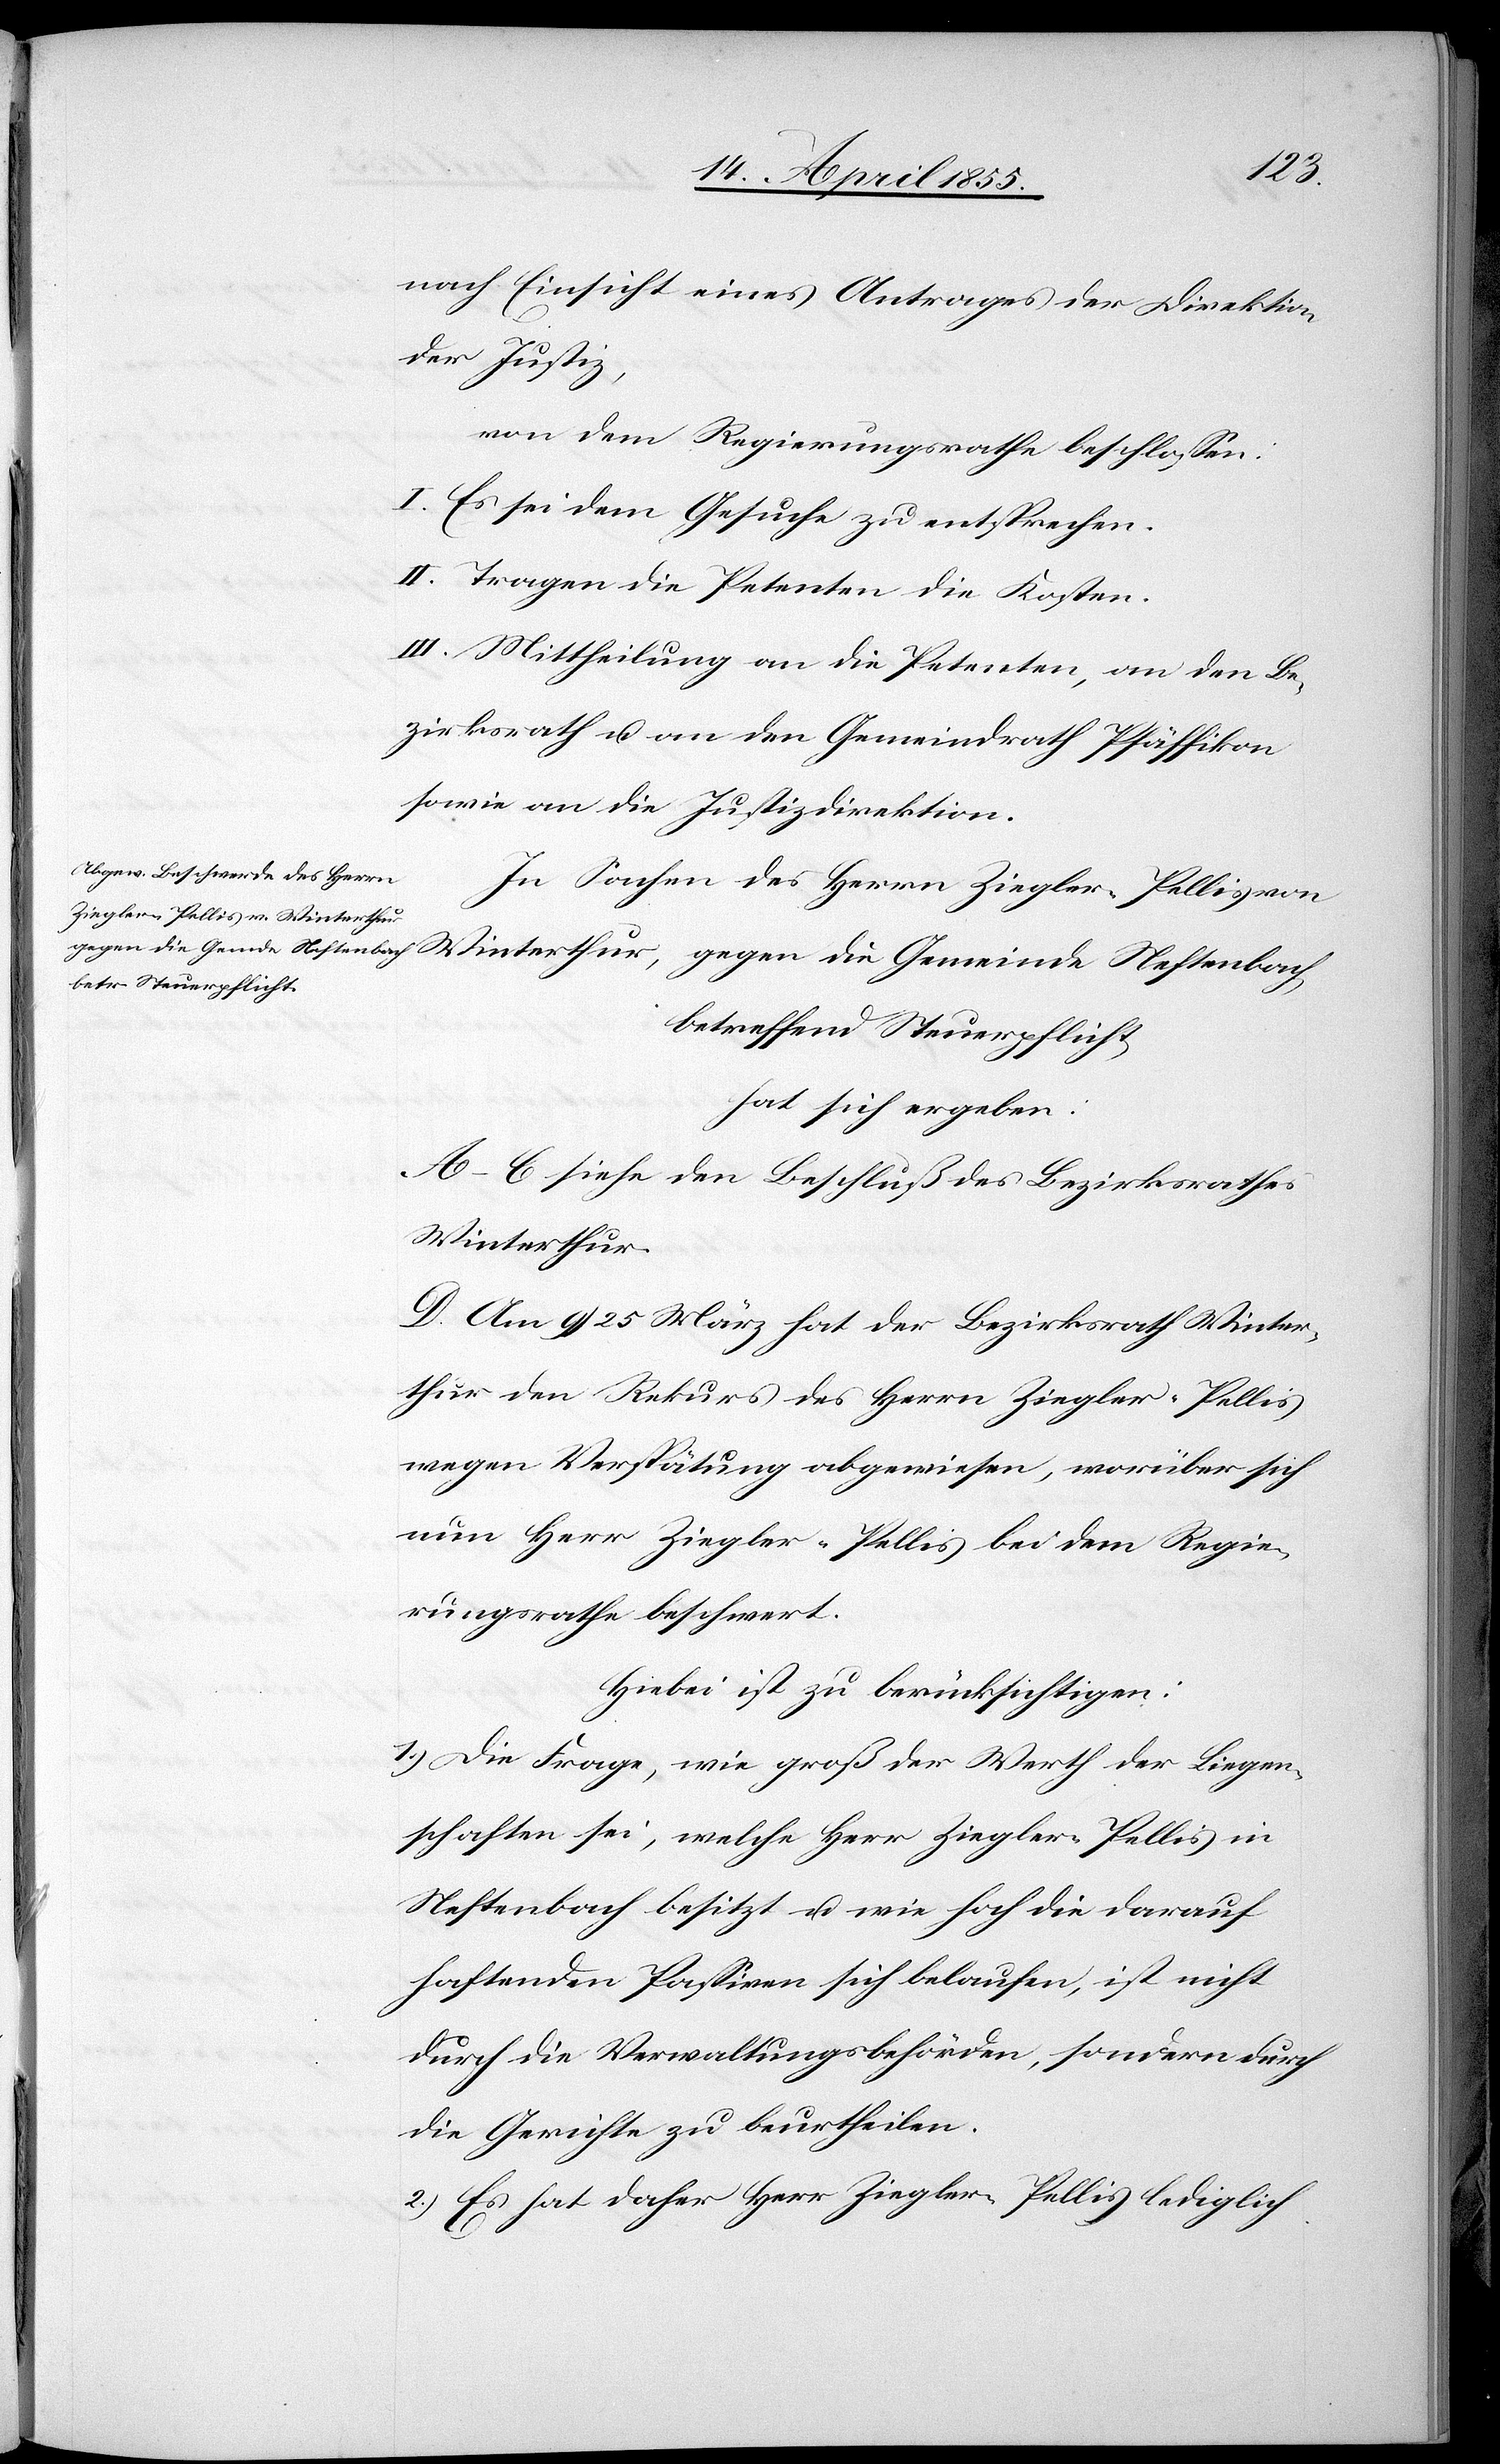
nach Einsicht eines Antrages der Direktion
der Justiz,
von dem Regierungsrathe beschlossen:
I. Es sei dem Gesuche zu entsprechen.
II. Tragen die Petenten die Kosten.
III. Mittheilung an die Petenten, an den Be¬
zirksrath u. an den Gemeindrath Pfäffikon
sowie an die Justizdirektion.
In Sachen des Herrn Ziegler-Pellis von
betreffend Steuerpflicht,
hat sich ergeben:
A–C siehe den Beschluß des Bezirksrathes
Winterthur.
D. Am 9 / 25 März hat der Bezirksrath Winter¬
thur den Rekurs des Herrn Ziegler-Pellis
wegen Verspätung abgewiesen, worüber sich
nun Herr Ziegler-Pellis bei dem Regie¬
rungsrathe beschwert.
Hiebei ist zu berücksichtigen:
1.) Die Frage, wie groß der Werth der Liegen¬
schaften sei, welche Herr Ziegler-Pellis in
Neftenbach besitzt u. wie hoch die darauf
haftenden Passiven sich belaufen, ist nicht
durch die Verwaltungsbehörden, sondern durch
die Gerichte zu beurtheilen.
2.) Es hat daher Herr Ziegler-Pellis lediglich